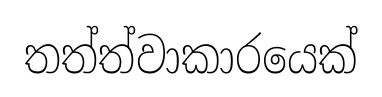
තත්ත්වාකාරයෙක්